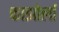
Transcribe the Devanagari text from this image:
काझोर्ला